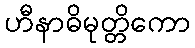
ဟီနာဓိမုတ္တိကော